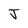
Character: J